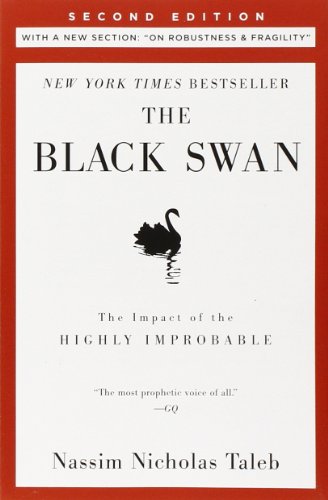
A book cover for The Black Swan: Second Edition: The Impact of the Highly Improbable: With a new section: "On Robustness and Fragility" (Incerto); Nassim Nicholas Taleb; Science & Math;